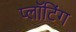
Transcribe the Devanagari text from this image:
प्लॉटिंग